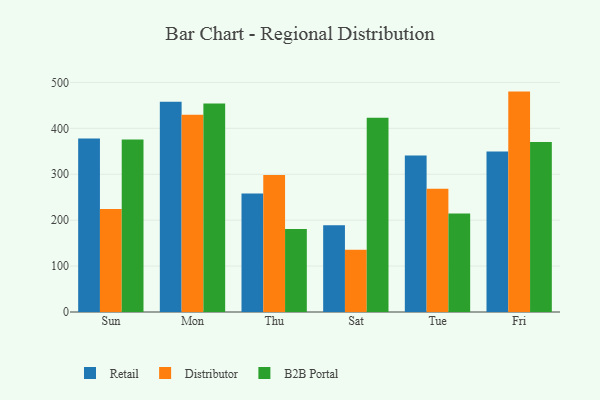
{"axis": {"x": "Day", "y": "Conversion Rate (%)"}, "legend": ["B2B Portal", "Distributor", "Retail"], "data": [{"x": "Sun", "y": 377.8, "type": "Retail"}, {"x": "Sun", "y": 224.2, "type": "Distributor"}, {"x": "Sun", "y": 375.9, "type": "B2B Portal"}, {"x": "Mon", "y": 457.9, "type": "Retail"}, {"x": "Mon", "y": 429.7, "type": "Distributor"}, {"x": "Mon", "y": 454.0, "type": "B2B Portal"}, {"x": "Thu", "y": 258.2, "type": "Retail"}, {"x": "Thu", "y": 298.3, "type": "Distributor"}, {"x": "Thu", "y": 180.8, "type": "B2B Portal"}, {"x": "Sat", "y": 188.9, "type": "Retail"}, {"x": "Sat", "y": 135.8, "type": "Distributor"}, {"x": "Sat", "y": 423.1, "type": "B2B Portal"}, {"x": "Tue", "y": 340.7, "type": "Retail"}, {"x": "Tue", "y": 268.2, "type": "Distributor"}, {"x": "Tue", "y": 214.6, "type": "B2B Portal"}, {"x": "Fri", "y": 349.5, "type": "Retail"}, {"x": "Fri", "y": 480.0, "type": "Distributor"}, {"x": "Fri", "y": 370.0, "type": "B2B Portal"}]}